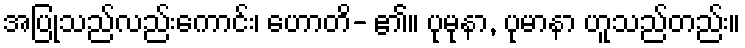
အပြုသည်လည်းကောင်း၊ ဟောတိ- ၏။ ပုမုနာ, ပုမာနာ ဟူသည်တည်း။